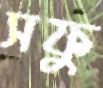
সফু